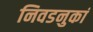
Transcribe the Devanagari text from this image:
निवडनुकां